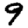
Digit: 9